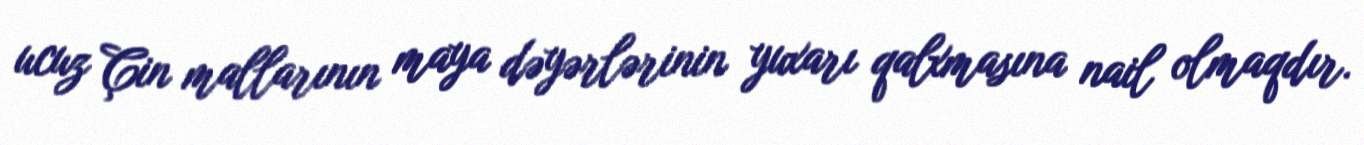
ucuz Çin mallarının maya dəyərlərinin yuxarı qalxmasına nail olmaqdır.